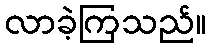
လာခဲ့ကြသည်။